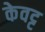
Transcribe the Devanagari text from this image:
केवट्ट